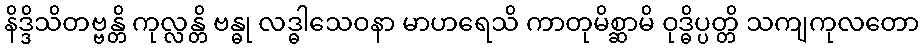
နိဒ္ဒိသိတဗ္ဗန္တိ ကုလ္လန္တိ ဗန္ဓု လဒ္ဓါသေဝနာ မာဟရေသိ ကာတုမိစ္ဆာမိ ဝုဒ္ဓိပ္ပတ္တိ သကျကုလတော